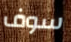
سوف